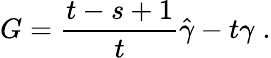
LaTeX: G=\frac{t-s+1}{t}\hat{\gamma}-t\gamma\; .